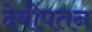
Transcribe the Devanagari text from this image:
देवीपतन